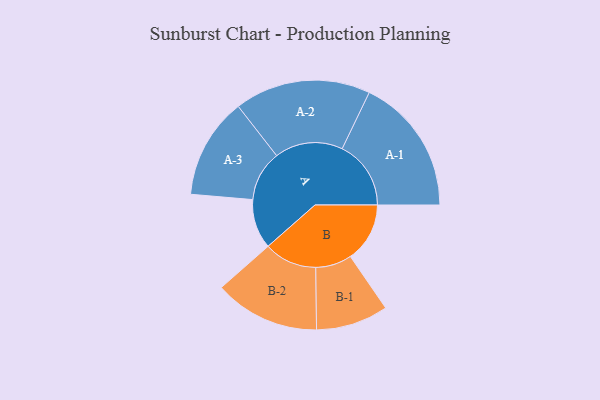
{"axis": {"x": "Segment", "y": "Value"}, "legend": ["", "A", "B"], "data": [{"x": "A", "y": 211, "type": ""}, {"x": "B", "y": 253, "type": ""}, {"x": "A-1", "y": 293, "type": "A"}, {"x": "A-2", "y": 290, "type": "A"}, {"x": "A-3", "y": 215, "type": "A"}, {"x": "B-1", "y": 154, "type": "B"}, {"x": "B-2", "y": 225, "type": "B"}]}